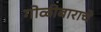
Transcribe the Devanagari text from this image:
गोळीबाराचे